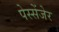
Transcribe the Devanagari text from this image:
पेस्सेंजेर